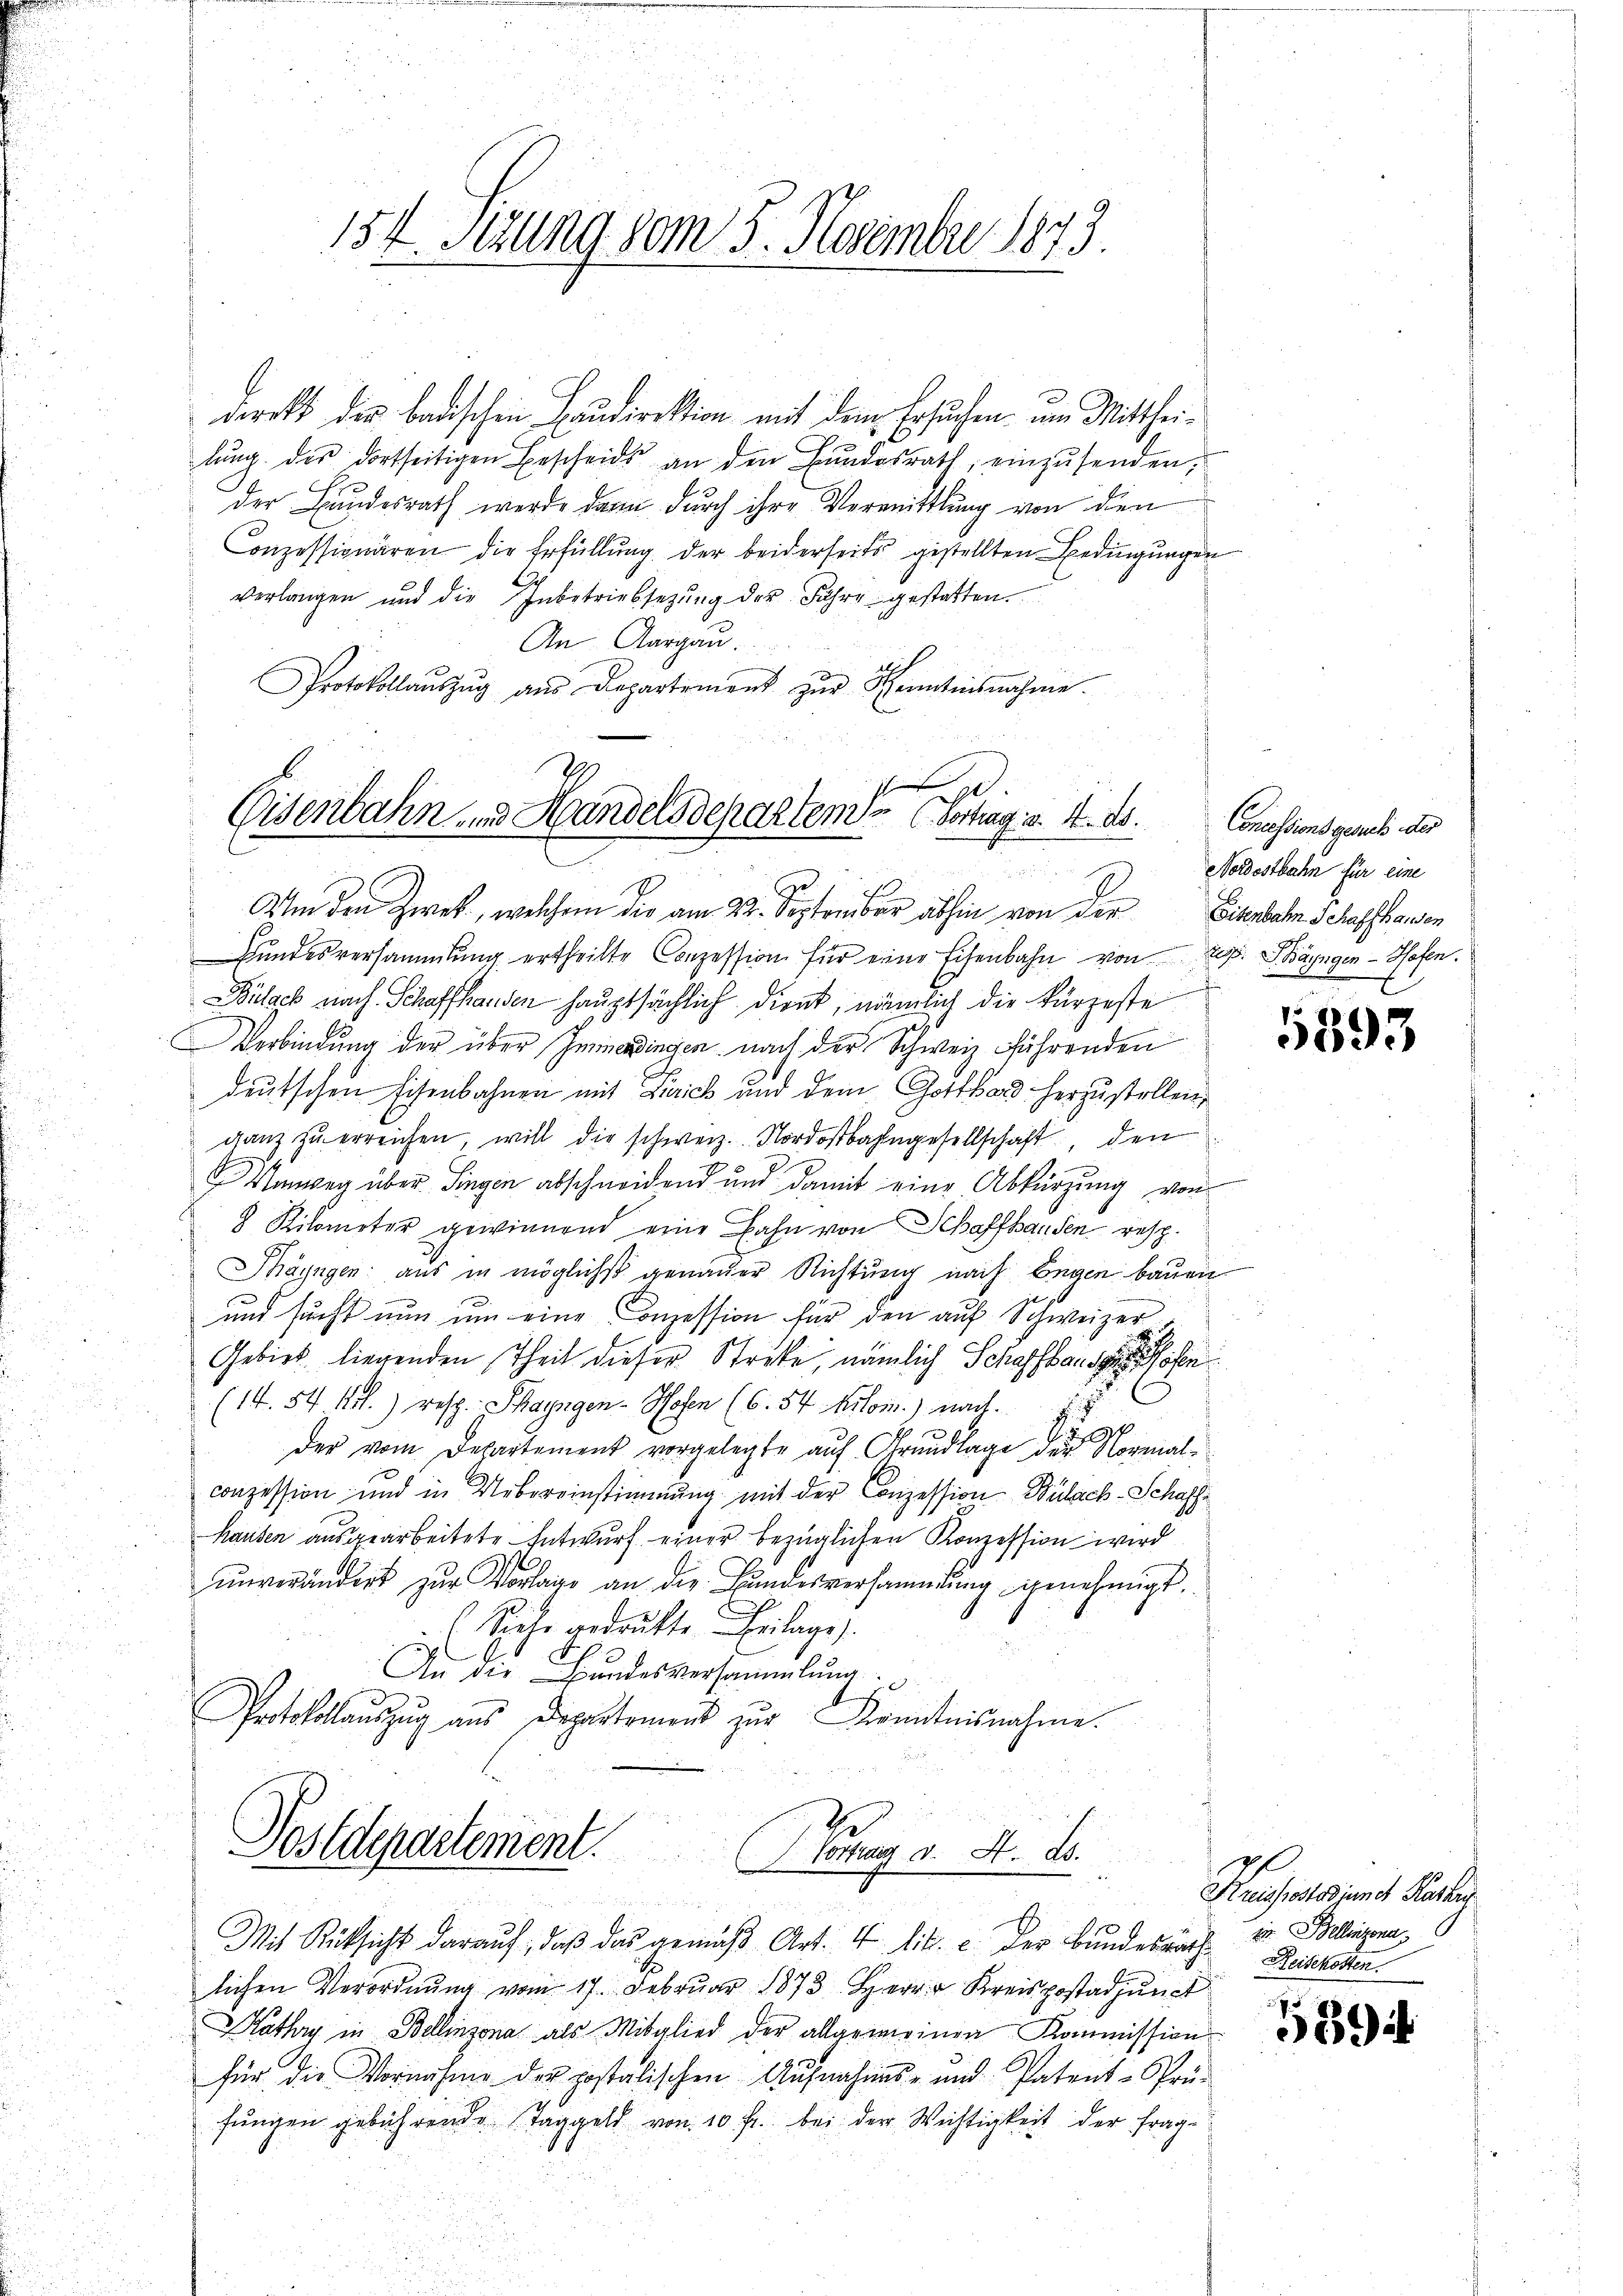
154. Setzung 80m 5. Novembre 1879

direkt der badischen Baudirektion mit dem Ersuchen um Mittheilŭng des dortseitigen Bescheids an den Bŭndesrath, einzŭsenden,
der Bundesrath werde dann durch ihre Vermittlung von den
Conzessionären die Erfüllŭng der beiderseits gestellten Bedingungen
verlangen und die Inbetriebsezung der Jahre gestatten.
An Aargau.
Protokollaŭszŭg aŭs Departement zŭr Kenntnisnahme.
.

Eisenbahn und Handelsdeparteme (Vortrag v. 4. ds.
.
F.
Um den Zwek, welchem die am 22. September abhin von der Eisenbahn Schaffhausen

Bundesversammlung ertheilte Conzession für eine Eisenbahn von resp. Sängen - Hofen.
Bulack nach Schaffhausen hauptsächlich dient, nämlich die kürzeste
Verbindung der über Immerdingen nach der Schweiz führenden
deutschen Eisenbahnen mit Dirich und dem Gotthard herzustellen,
ganz zu erreichen, will die schweiz. Nordostbahngesellschaft, den
Manweg über Singen abschneidend und damit eine Abkürzung von
 Kilometer gewinnend eine Bahn von Schaffhausen resp.
Thayngen aus in möglichst genauer Richtung nach Engen bauen
und sucht nun um eine Conzession für den auf Schweizer
Gebiet liegenden Theil dieser Streke, nämlich Schaffhause
(14. 54 1.) resp. Thayngen - Hosen (6. 54 Kilom.) nach.
u
Sihl
Der vom Departement vorgelegte auf Grundlage der Normalconzession und in Uebereinstimmung mit der Conzession Bülach-Schaff¬
Hausen ausgearbeitete Entwurf einer bezüglichen Konzession wird
ŭnverändert zŭr Vorlage an die Bŭndesversammlung genehmigt.
(Seele gedruckte Beilage).
An die Bundesversammlung.
Protokollauszug aus Departemens zur Kenntnisnahme.
Postdepartement. Hornung v. A. A.

Mit Rücksicht darauf, daβ das gemäβ Art. 4 lit. c. Der Bundesrath Beschehen.
lichen Verordnung vom 17. Februar 1873 Herr Kreispostadjunct
athy in Bellinzona als Mitglied der allgemeinen Kommission
für die Vornahme der postalischen Aufnahms- und Patent-Prü-
fungen gebührende Taggeld von 10 fr. bei der Wichtigkeit der frag¬

Concessions gesuch des
Nordostbahn für eine

5593

Kaisertes jenes Karter
1. Bellinzona

189